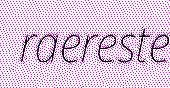
raereste